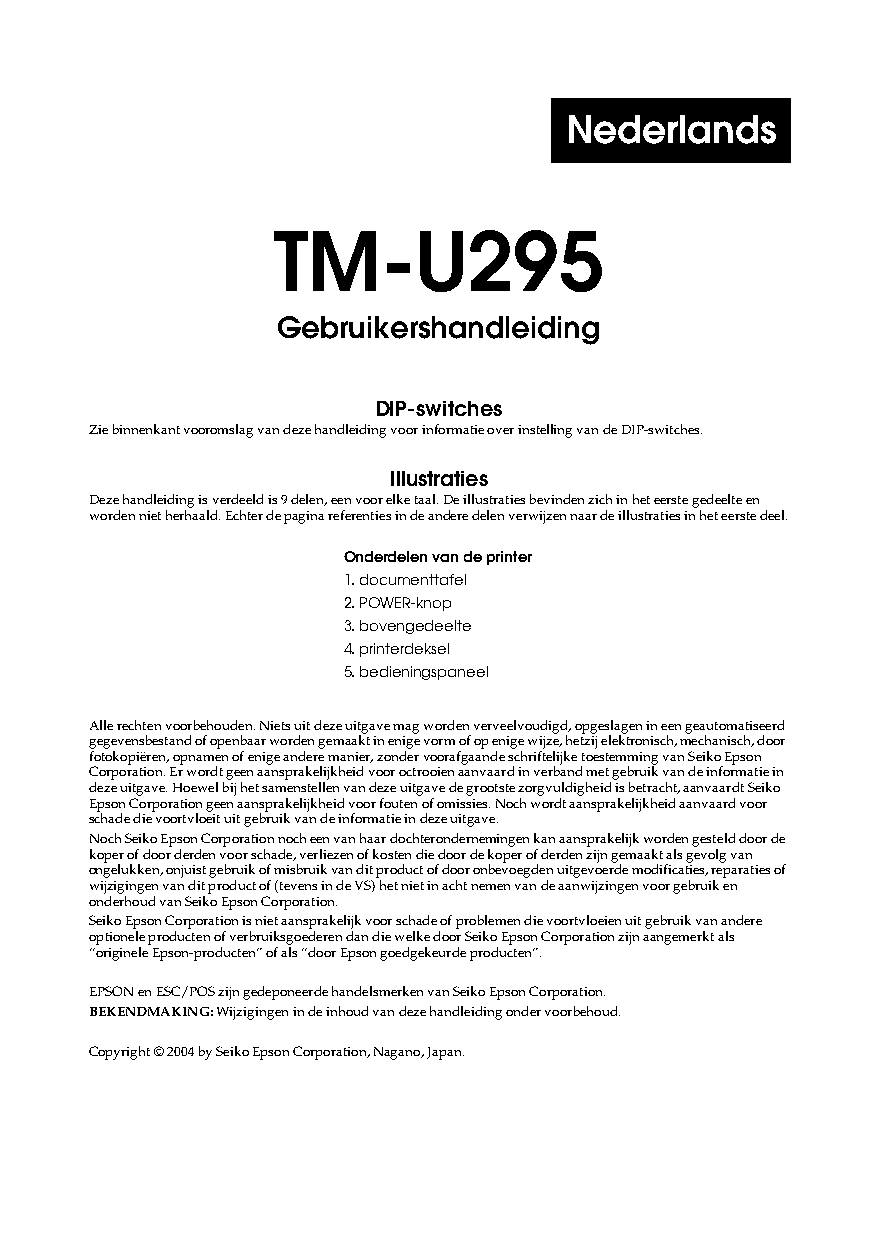
Nederlands
 TM-U295
 Gebruikershandleiding
 DIP-switches
 Zie binnenkant vooromslag van deze handleiding voor informatie over instelling van de DIP-switches.
 Illustraties
 Deze handleiding is verdeeld is 9 delen, een voor elke taal. De illustraties bevinden zich in het eerste gedeelte en
 worden niet herhaald. Echter de pagina referenties in de andere delen verwijzen naar de illustraties in het eerste deel.
 Onderdelen van de printer
 1. documenttafel
 2. POWER-knop
 3. bovengedeelte
 4. printerdeksel
 5. bedieningspaneel
 Alle rechten voorbehouden. Niets uit deze uitgave mag worden verveelvoudigd, opgeslagen in een geautomatiseerd
 gegevensbestand of openbaar worden gemaakt in enige vorm of op enige wijze, hetzij elektronisch, mechanisch, door
 fotokopiëren, opnamen of enige andere manier, zonder voorafgaande schriftelijke toestemming van Seiko Epson
 Corporation. Er wordt geen aansprakelijkheid voor octrooien aanvaard in verband met gebruik van de informatie in
 deze uitgave. Hoewel bij het samenstellen van deze uitgave de grootste zorgvuldigheid is betracht, aanvaardt Seiko
 Epson Corporation geen aansprakelijkheid voor fouten of omissies. Noch wordt aansprakelijkheid aanvaard voor
 schade die voortvloeit uit gebruik van de informatie in deze uitgave.
 Noch Seiko Epson Corporation noch een van haar dochterondernemingen kan aansprakelijk worden gesteld door de
 koper of door derden voor schade, verliezen of kosten die door de koper of derden zijn gemaakt als gevolg van
 ongelukken, onjuist gebruik of misbruik van dit product of door onbevoegden uitgevoerde modificaties, reparaties of
 wijzigingen van dit product of (tevens in de VS) het niet in acht nemen van de aanwijzingen voor gebruik en
 onderhoud van Seiko Epson Corporation.
 Seiko Epson Corporation is niet aansprakelijk voor schade of problemen die voortvloeien uit gebruik van andere
 optionele producten of verbruiksgoederen dan die welke door Seiko Epson Corporation zijn aangemerkt als
 “originele Epson-producten” of als “door Epson goedgekeurde producten”.
 EPSON en ESC/POS zijn gedeponeerde handelsmerken van Seiko Epson Corporation.
 BEKENDMAKING: Wijzigingen in de inhoud van deze handleiding onder voorbehoud.
 Copyright © 2004 by Seiko Epson Corporation, Nagano, Japan.